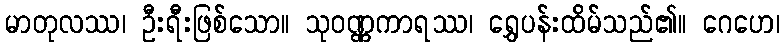
မာတုလဿ၊ ဦးရီးဖြစ်သော။ သုဝဏ္ဏကာရဿ၊ ရွှေပန်းထိမ်သည်၏။ ဂေဟေ၊